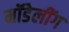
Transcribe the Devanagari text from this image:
मॉडेलींग